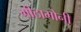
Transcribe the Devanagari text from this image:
मीठामोनी